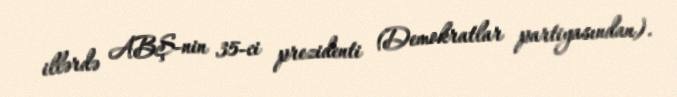
illərdə ABŞ-nin 35-ci prezidenti (Demokratlar partiyasından).